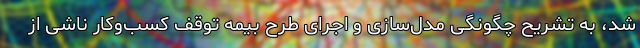
شد، به تشریح چگونگی مدل‌سازی و اجرای طرح بیمه توقف کسب‌وکار ناشی از